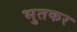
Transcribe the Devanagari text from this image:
भुतकर